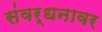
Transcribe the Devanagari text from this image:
संवर्धनावर